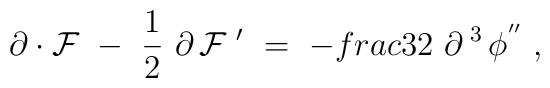
\partial \cdot {\cal F} \  - \ \frac{1}{2} \ \partial \, {\cal F}\;' \ = \ - \\frac{3}{2} \ \partial^{\;3}\, \phi^{''} \ ,